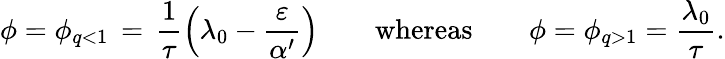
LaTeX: \phi=\phi_{q<1}\, =\, \frac{1}{\tau}\left(\lambda_{0}-\frac{\varepsilon}{\alpha^{\prime}}\right)\qquad\mathrm{whereas}\qquad\phi=\phi_{q>1}=\frac{\lambda_{0}}{\tau}.